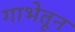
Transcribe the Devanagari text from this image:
गाभेतून